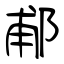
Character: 郙